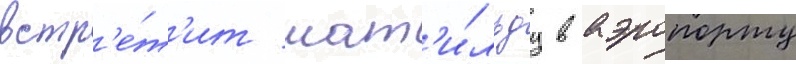
встр'е́т'ит мат'и́льду в аэропорту